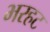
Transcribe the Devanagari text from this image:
भरहट